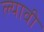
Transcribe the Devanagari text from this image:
ल्यावी